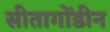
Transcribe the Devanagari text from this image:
सीतागोंडीन